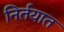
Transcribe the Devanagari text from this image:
निर्तयात